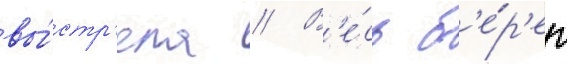
вы́стр'ела // В'е́сь б'е́р'ег